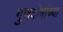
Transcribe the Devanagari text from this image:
गुणदोषांच्या